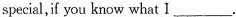
special,if you know what I___.